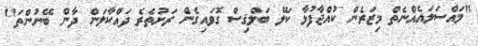
"މައްސަލައެއްނެތް މިޒަރެން ކުއްޖާފުޅާ ކަލޭ ބަލްޤިސް ގޮވައިގެން ރަށުތެރެ ދައްކާލަން ދާން ބޭނުންތަ"